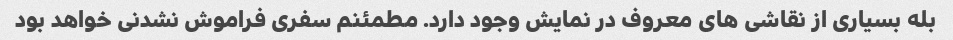
بله بسیاری از نقاشی های معروف در نمایش وجود دارد. مطمئنم سفری فراموش نشدنی خواهد بود